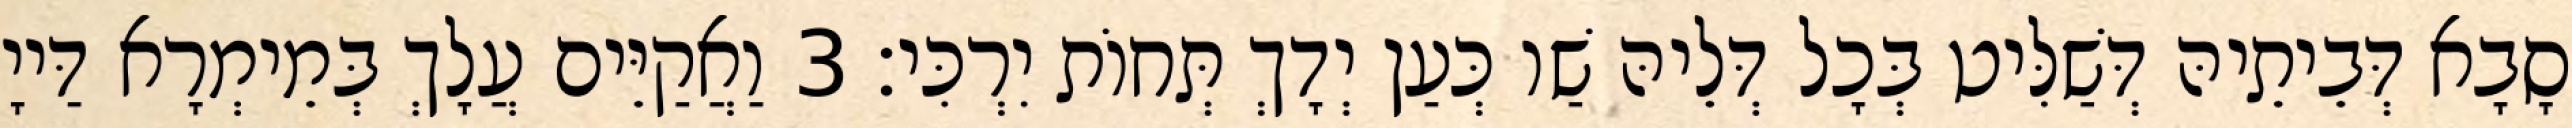
סָבָא דְּבֵיתֵיהּ דְּשַׁלִּיט בְּכָל דְּלֵיהּ שַׁו כְּעַן יְדָךְ תְּחוֹת יִרְכִּי׃ 3 וַאֲקַיֵּים עֲלָךְ בְּמֵימְרָא דַּייָ